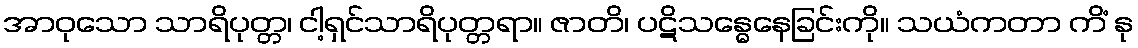
အာဝုသော သာရိပုတ္တ၊ ငါ့ရှင်သာရိပုတ္တရာ။ ဇာတိ၊ ပဋိသန္ဓေနေခြင်းကို။ သယံကတာ ကိံ နု